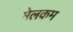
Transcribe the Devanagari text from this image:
मेलकम